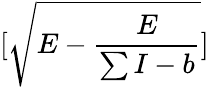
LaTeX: [\sqrt{E-\frac{E}{\sum I-b}}]